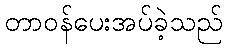
တာဝန်ပေးအပ်ခဲ့သည်